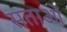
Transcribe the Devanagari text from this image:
सताओं